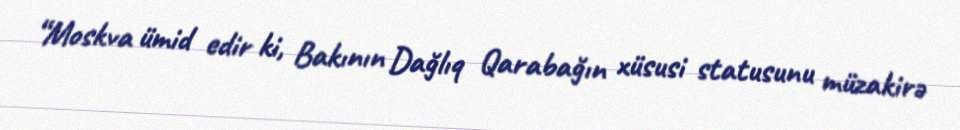
“Moskva ümid edir ki, Bakının Dağlıq Qarabağın xüsusi statusunu müzakirə